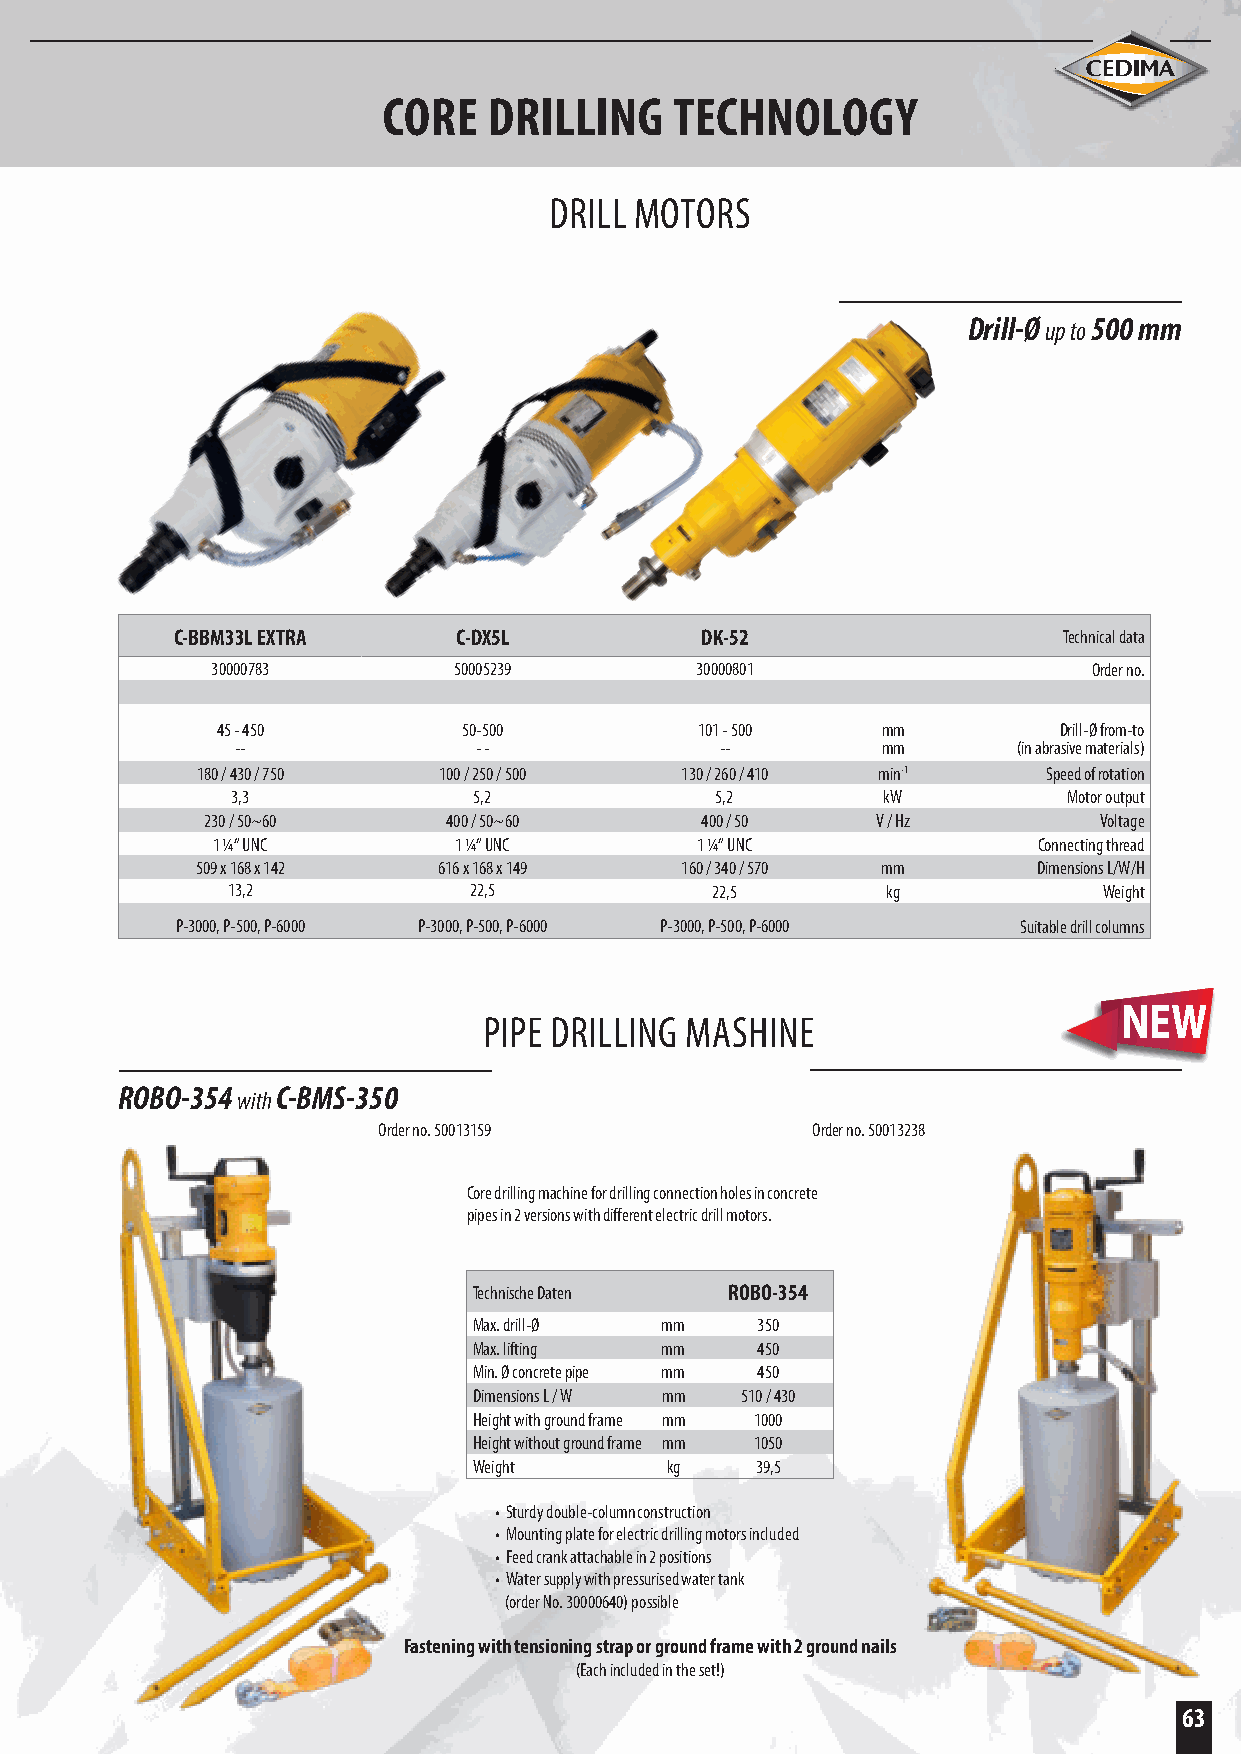
CORE   DRILLING     TECHNOLOGY
 DRILL MOTORS
 Drill-Ø up to 500 mm
 C-BBM33L EXTRA    C-DX5L          DK-52                   Technical data
 30000783        50005239        30000801                  Order no.
 45 - 450         50-500         101 - 500   mm          Drill-Ø from-to
 --             - -              --        mm       (in abrasive materials)
 180 / 430 / 750 100 / 250 / 500 130 / 260 / 410 min-1   Speed of rotation
 3,3             5,2             5,2        kW           Motor output
 230 / 50~60      400 / 50~60     400 / 50    V / Hz         Voltage
 1 ¼“ UNC        1 ¼“ UNC        1 ¼“ UNC               Connecting thread
 509 x 168 x 142 616 x 168 x 149 160 / 340 / 570 mm      Dimensions L/W/H
 13,2            22,5            22,5        kg            Weight
 P-3000, P-500, P-6000 P-3000, P-500, P-6000 P-3000, P-500, P-6000 Suitable drill columns
 PIPE DRILLING MASHINE
 ROBO-354 with C-BMS-350
 Order no. 50013159           Order no. 50013238
 Core drilling machine for drilling connection holes in concrete
 pipes in 2 versions with different electric drill motors.
 Technische Daten ROBO-354
 Max. drill-Ø mm    350
 Max. lifting mm    450
 Min. Ø concrete pipe mm 450
 Dimensions L / W mm 510 / 430
 Height with ground frame mm 1000
 Height without ground frame mm 1050
 Weight       kg    39,5
 • Sturdy double-column construction
 • Mounting plate for electric drilling motors included
 • Feed crank attachable in 2 positions
 • Water supply with pressurised water tank
 (order No. 30000640) possible
 Fastening with tensioning strap or ground frame with 2 ground nails
 (Each included in the set!)
 63